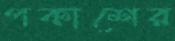
পকাশের